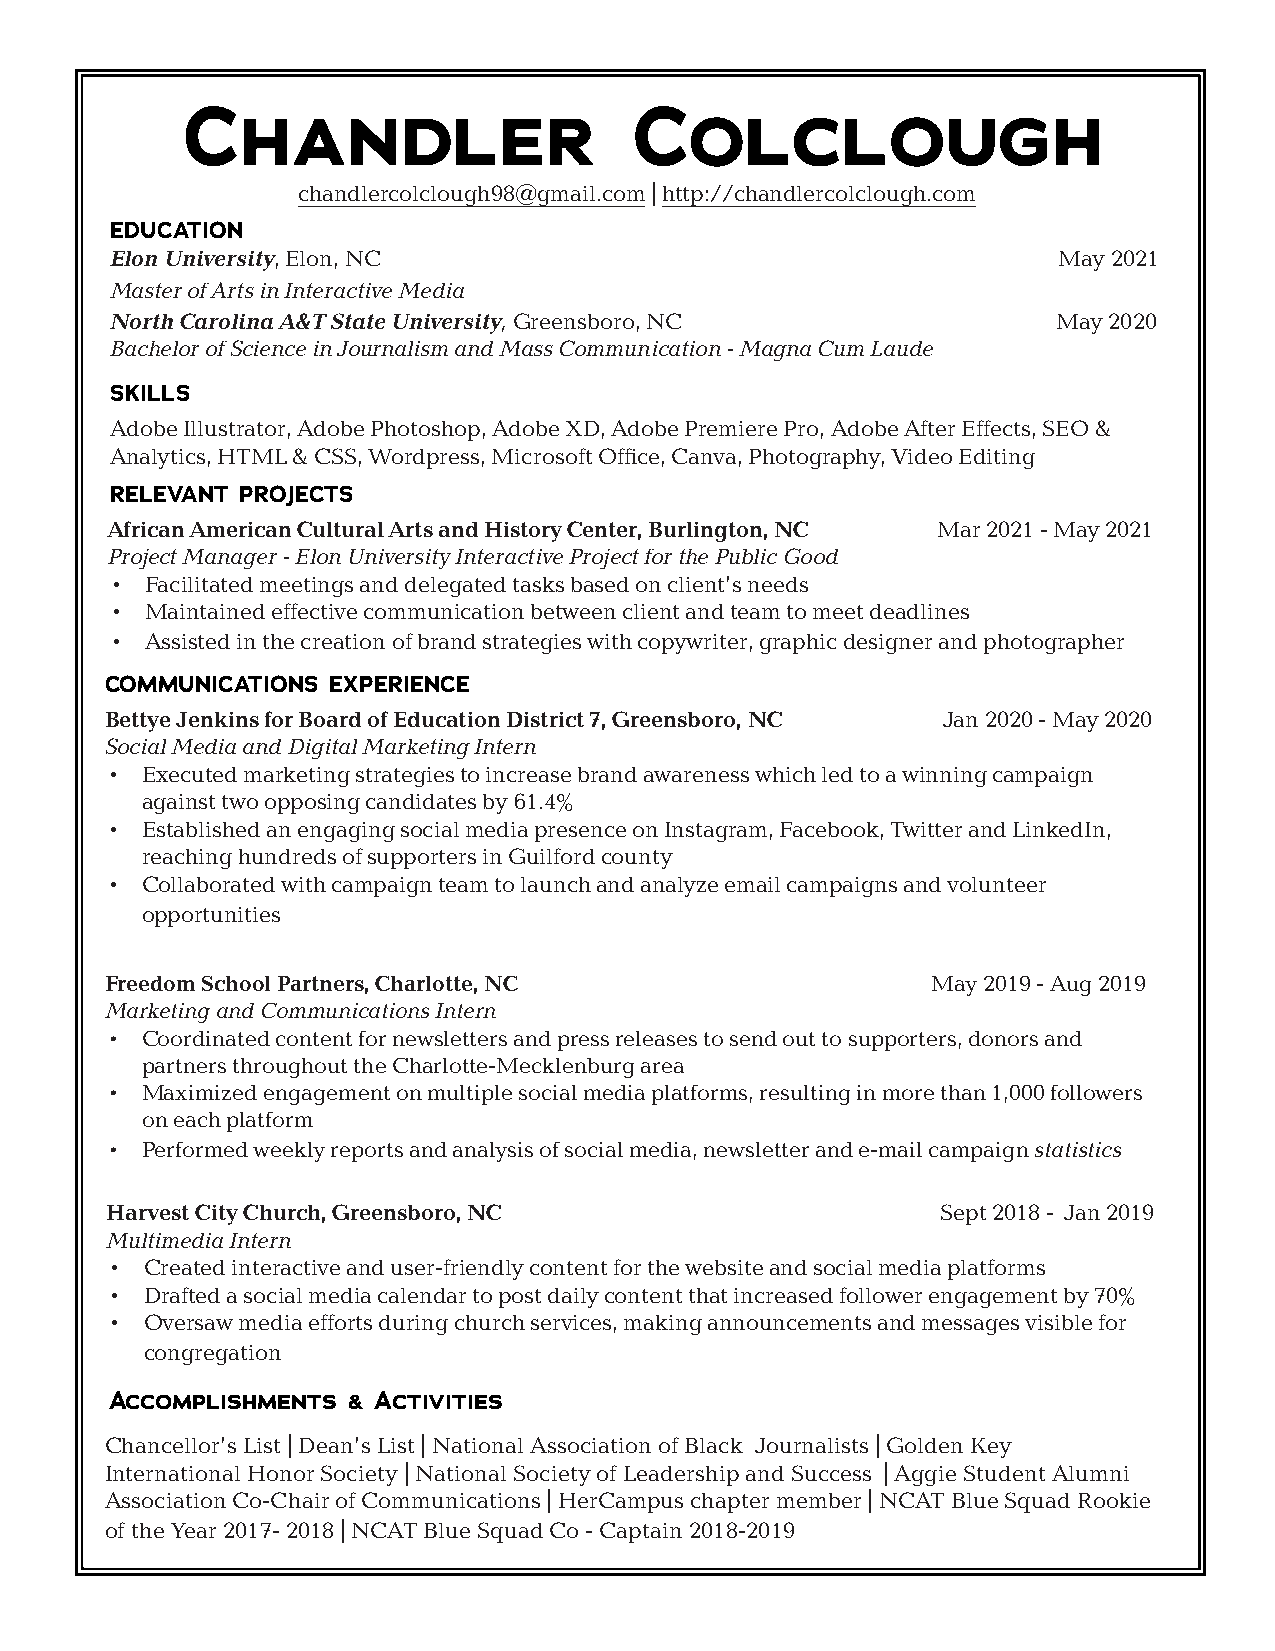
Chandler                      Colclough
 chandlercolclough98@gmail.com | http://chandlercolclough.com
 EDUCATION
 Elon University, Elon, NC                                      May 2021
 Master of Arts in Interactive Media
 North Carolina A&T State University, Greensboro, NC            May 2020
 Bachelor of Science in Journalism and Mass Communication - Magna Cum Laude
 SKILLS
 Adobe Illustrator, Adobe Photoshop, Adobe XD, Adobe Premiere Pro, Adobe After Effects, SEO &
 Analytics, HTML & CSS, Wordpress, Microsoft Office, Canva, Photography, Video Editing
 RELEVANT PROJECTS
 African American Cultural Arts and History Center, Burlington, NC Mar 2021 - May 2021
 Project Manager - Elon University Interactive Project for the Public Good
 •  Facilitated meetings and delegated tasks based on client’s needs
 •  Maintained effective communication between client and team to meet deadlines
 •  Assisted in the creation of brand strategies with copywriter, graphic designer and photographer
 COMMUNICATIONS EXPERIENCE
 Bettye Jenkins for Board of Education District 7, Greensboro, NC Jan 2020 - May 2020
 Social Media and Digital Marketing Intern
 • Executed marketing strategies to increase brand awareness which led to a winning campaign
 against two opposing candidates by 61.4%
 • Established an engaging social media presence on Instagram, Facebook, Twitter and LinkedIn,
 reaching hundreds of supporters in Guilford county
 • Collaborated with campaign team to launch and analyze email campaigns and volunteer
 opportunities
 Freedom School Partners, Charlotte, NC                 May 2019 - Aug 2019
 Marketing and Communications Intern
 • Coordinated content for newsletters and press releases to send out to supporters, donors and
 partners throughout the Charlotte-Mecklenburg area
 • Maximized engagement on multiple social media platforms, resulting in more than 1,000 followers
 on each platform
 • Performed weekly reports and analysis of social media, newsletter and e-mail campaign statistics
 Harvest City Church, Greensboro, NC                    Sept 2018 - Jan 2019
 Multimedia Intern
 •  Created interactive and user-friendly content for the website and social media platforms
 •  Drafted a social media calendar to post daily content that increased follower engagement by 70%
 •  Oversaw media efforts during church services, making announcements and messages visible for
 congregation
 Accomplishments & Activities
 Chancellor’s List | Dean’s List | National Association of Black Journalists | Golden Key
 International Honor Society | National Society of Leadership and Success | Aggie Student Alumni
 Association Co-Chair of Communications | HerCampus chapter member | NCAT Blue Squad Rookie
 of the Year 2017- 2018 | NCAT Blue Squad Co - Captain 2018-2019